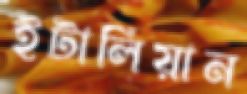
ইটালিয়ান